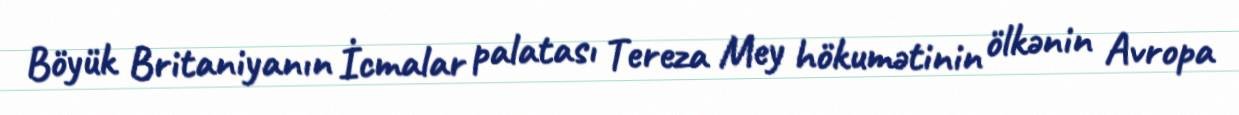
Böyük Britaniyanın İcmalar palatası Tereza Mey hökumətinin ölkənin Avropa